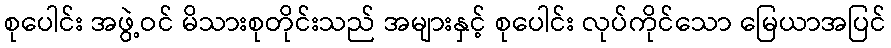
စုပေါင်း အဖွဲ့ဝင် မိသားစုတိုင်းသည် အများနှင့် စုပေါင်း လုပ်ကိုင်သော မြေယာအပြင်